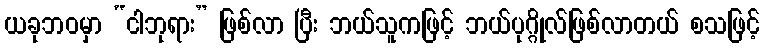
ယခုဘဝမှာ “ငါဘုရား” ဖြစ်လာ ပြီး ဘယ်သူကဖြင့် ဘယ်ပုဂ္ဂိုလ်ဖြစ်လာတယ် စသဖြင့်